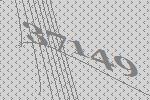
37149